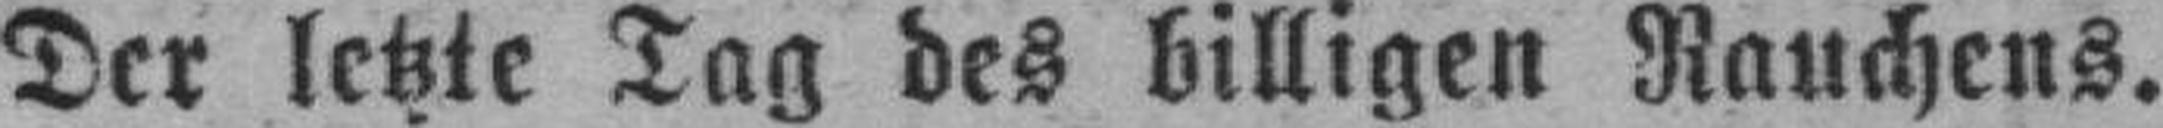
Der letzte Tag des billigen Rauchens.